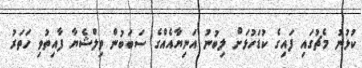
ކުޅުނު މެޗުގައި ފައިގެ ކުޑަހުޅަށް ލިބުނު އަނިޔާއެއްގެ ސަަބަބުން ވިލްޝެޔާ ފާއިތުވި ހަތަރު